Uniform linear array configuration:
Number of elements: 16
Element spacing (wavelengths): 0.5
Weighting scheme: kaiser
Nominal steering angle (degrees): -60
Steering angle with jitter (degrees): -59.006
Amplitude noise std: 0.05
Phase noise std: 0.05

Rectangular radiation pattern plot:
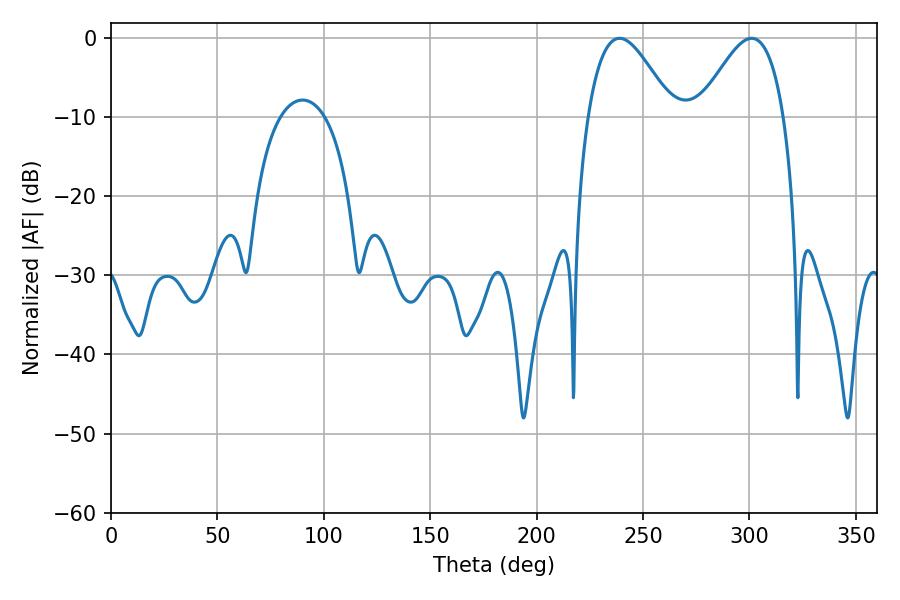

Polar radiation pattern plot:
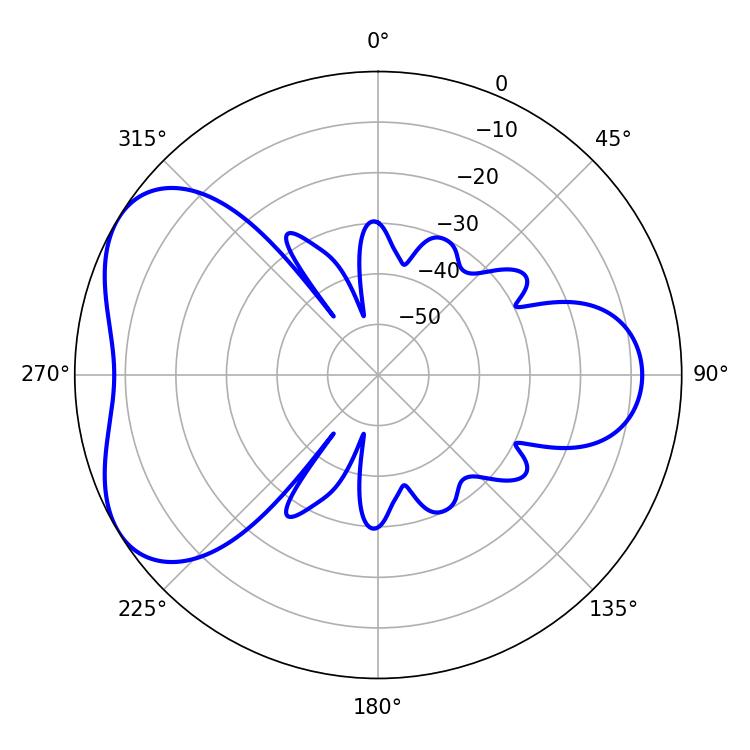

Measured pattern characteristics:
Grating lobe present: FALSE
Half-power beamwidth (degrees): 21.42
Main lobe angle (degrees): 239.04